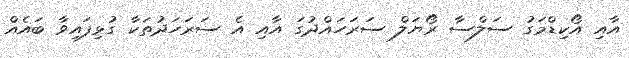
އާއި އޯކިޑްމަގު ސަލްސާ ރޯޔަލް ސަރަހައްދުގަ އާއި އެ ސަރަހަދުތަކާ ގުޅިފައިވާ ބައެއް